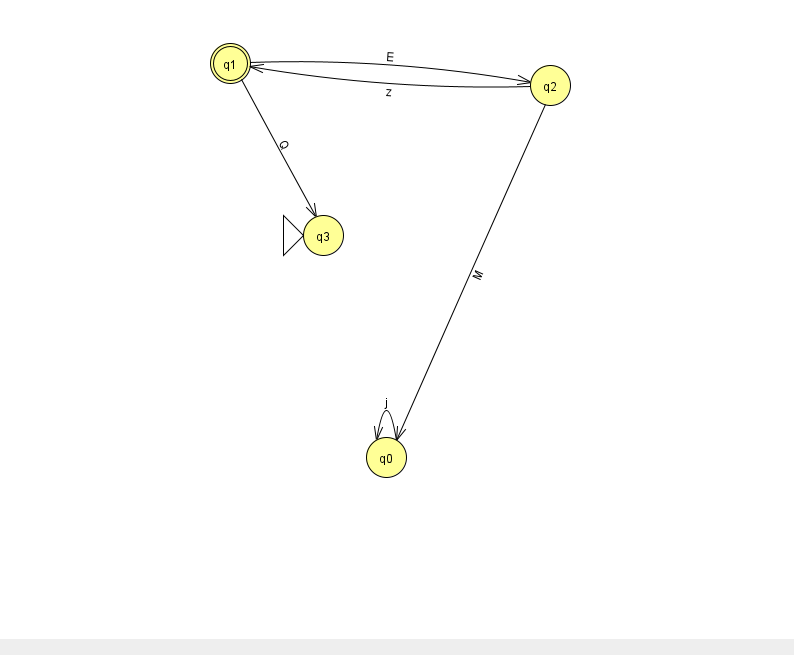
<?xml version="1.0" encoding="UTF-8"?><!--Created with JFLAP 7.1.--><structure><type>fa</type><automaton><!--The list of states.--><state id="0" name="q0"><x>386.0</x><y>444.0</y></state><state id="1" name="q1"><x>230.0</x><y>50.0</y><final/></state><state id="2" name="q2"><x>550.0</x><y>72.0</y></state><state id="3" name="q3"><x>323.0</x><y>222.0</y><initial/></state><!--The list of transitions.--><transition><from>1</from><to>2</to><read>E</read></transition><transition><from>1</from><to>3</to><read>Q</read></transition><transition><from>0</from><to>0</to><read>j</read></transition><transition><from>2</from><to>0</to><read>M</read></transition><transition><from>2</from><to>1</to><read>z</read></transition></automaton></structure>